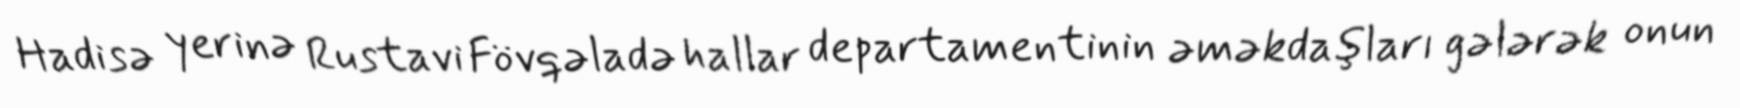
Hadisə yerinə Rustavi Fövqəladə hallar departamentinin əməkdaşları gələrək onun